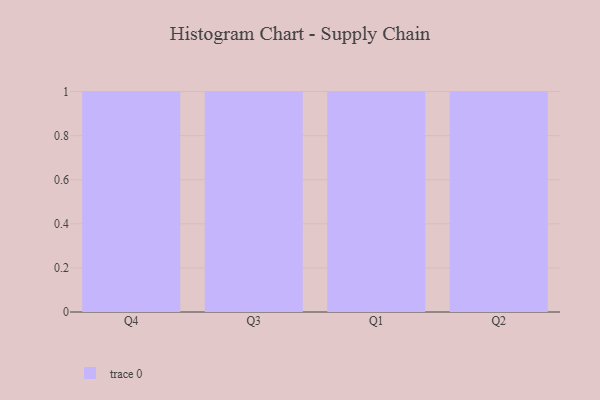
{"axis": {"x": "Quarter", "y": "Headcount"}, "legend": [""], "data": [{"x": "Q4", "y": 5, "type": ""}, {"x": "Q3", "y": 7, "type": ""}, {"x": "Q1", "y": 78, "type": ""}, {"x": "Q2", "y": 92, "type": ""}]}